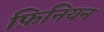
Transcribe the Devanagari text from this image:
फ़िनियन